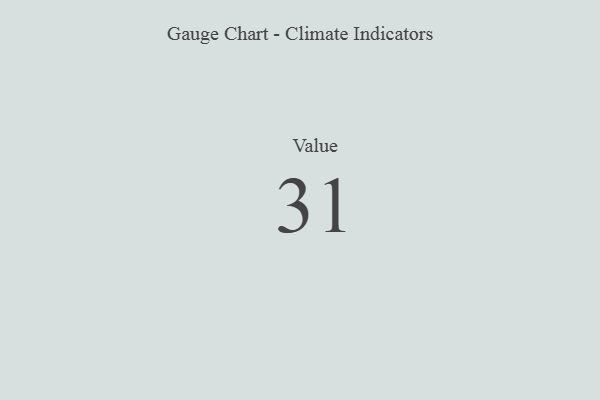
{"axis": {"x": "Metric", "y": "Value"}, "legend": [""], "data": [{"x": "Value", "y": 31, "type": ""}]}